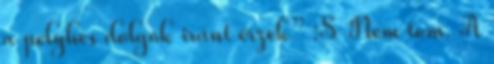
a pelyhes dolgok iránt érzek” :S Nem tom. A